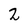
Character: 2